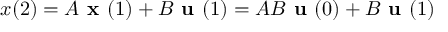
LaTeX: x ( 2 ) = A { \textbf { x } } ( 1 ) + B { \textbf { u } } ( 1 ) = A B { \textbf { u } } ( 0 ) + B { \textbf { u } } ( 1 )